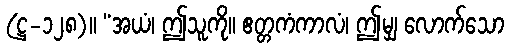
(ဋ္ဌ-၁၂၈)။ “အယံ၊ ဤသူကို။ ဧတ္တကံကာလံ၊ ဤမျှ လောက်သော